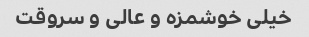
خیلی خوشمزه و عالی و سروقت